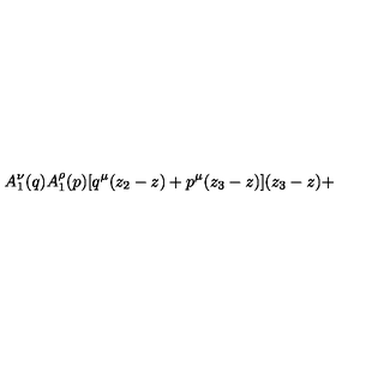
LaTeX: A _ { 1 } ^ { \nu } ( q ) A _ { 1 } ^ { \rho } ( p ) [ q ^ { \mu } ( z _ { 2 } - z ) + p ^ { \mu } ( z _ { 3 } - z ) ] ( z _ { 3 } - z ) +